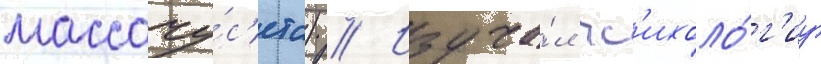
массачу́с'етс) // Изуча́л пс'ихоло́г'иу